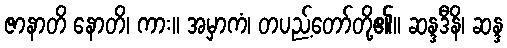
ဇာနာတိ နောတိ၊ ကား။ အမှာကံ၊ တပည့်တော်တို့၏။ ဆန္ဒဒီနိ၊ ဆန္ဒ